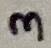
Text: 3